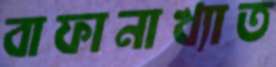
বাফানাখ্যাত